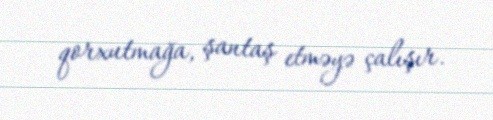
qorxutmağa, şantaş etməyə çalışır.